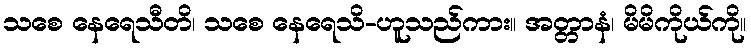
သစေ နေရေသီတိ၊ သစေ နေရေသိ-ဟူသည်ကား။ အတ္တာနံ၊ မိမိကိုယ်ကို။